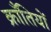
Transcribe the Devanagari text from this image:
क्राँतियों